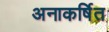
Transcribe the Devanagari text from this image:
अनाकर्षित